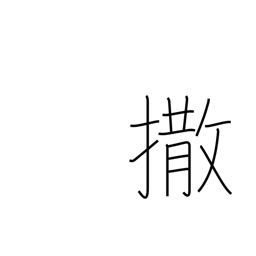
Meaning: give them the slip